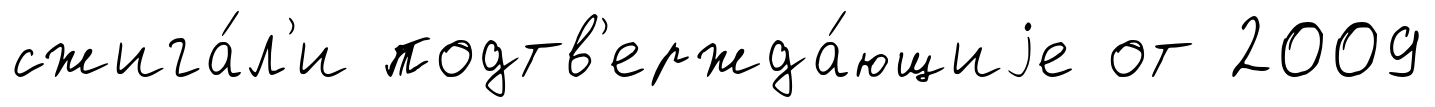
сжига́л'и подтв'ержда́ющиjе от 2009